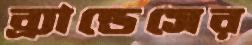
ব্র্যান্ডেসের